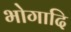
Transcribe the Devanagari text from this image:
भोगादि